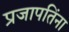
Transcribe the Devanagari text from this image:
प्रजापतिंना